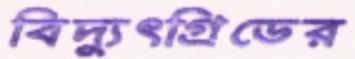
বিদ্যুৎগ্রিডের